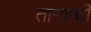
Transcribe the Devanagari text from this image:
ताऱ्‍याची